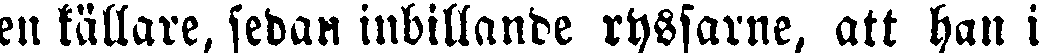
en källare, sedan inbillande ryssarne, att han i